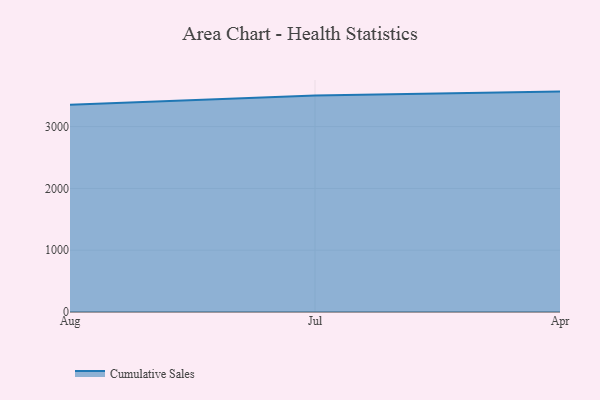
{"axis": {"x": "Month", "y": "Population (Million)"}, "legend": ["Cumulative Sales"], "data": [{"x": "Aug", "y": 3354.7, "type": "Cumulative Sales"}, {"x": "Jul", "y": 3502.6, "type": "Cumulative Sales"}, {"x": "Apr", "y": 3566.4, "type": "Cumulative Sales"}]}